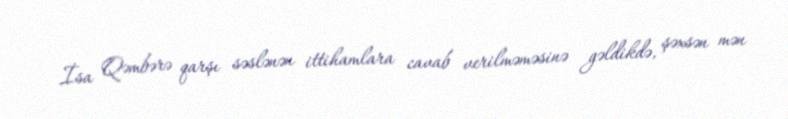
İsa Qəmbərə qarşı səslənən ittihamlara cavab verilməməsinə gəldikdə, şəxsən mən